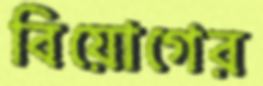
বিয়োগের